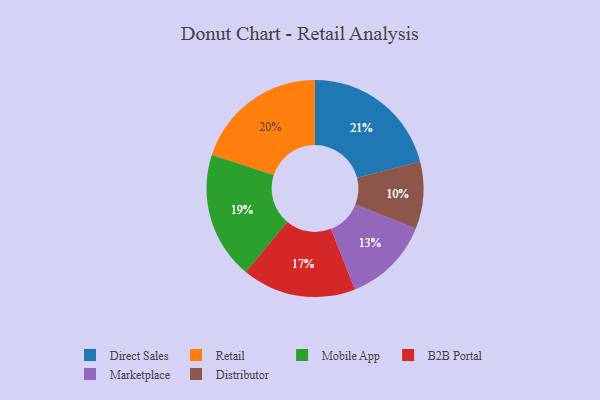
{"axis": {"x": "Category", "y": "Percentage"}, "legend": ["B2B Portal", "Direct Sales", "Distributor", "Marketplace", "Mobile App", "Retail"], "data": [{"x": "Marketplace", "y": 13, "type": "Marketplace"}, {"x": "Retail", "y": 20, "type": "Retail"}, {"x": "Distributor", "y": 10, "type": "Distributor"}, {"x": "Mobile App", "y": 19, "type": "Mobile App"}, {"x": "B2B Portal", "y": 17, "type": "B2B Portal"}, {"x": "Direct Sales", "y": 21, "type": "Direct Sales"}]}